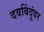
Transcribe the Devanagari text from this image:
दवबिंदूंवर